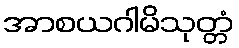
အာစယဂါမိသုတ္တံ